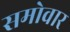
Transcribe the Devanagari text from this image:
समोवार